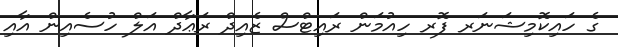
ގެ ހައިކޮމިޝަނަރ ފޮރ ހިއުމަން ރައިޓްސް ޒެއިދް ރަޢާދް އަލް ހުސެއިން އާއި